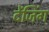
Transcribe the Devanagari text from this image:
देंजिंग